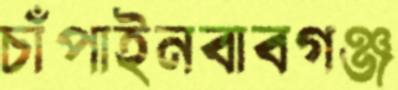
চাঁপাইনবাবগঞ্জ